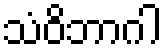
သံဝိဘာဂါ